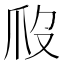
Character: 𤓶